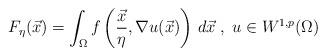
LaTeX: \begin{align*}F_\eta(\vec{x})=\int_\Omega f\left(\frac{\vec{x}}{\eta},\nabla u(\vec{x})\right) \, d\vec{x} \; , \; u \in W^{1,p}(\Omega)\end{align*}